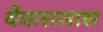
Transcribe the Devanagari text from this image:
वेंकसलास